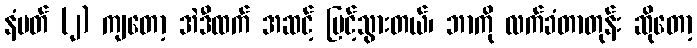
နံပတ် (၂) ကျတော့ အဲဒီထက် အဆင့် မြင့်သွားတယ်၊ ဘာကို လက်ခံတာတုန်း ဆိုတော့